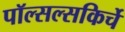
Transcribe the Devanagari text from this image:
पॉल्सल्सकिर्चे